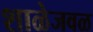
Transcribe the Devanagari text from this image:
शाळेजवळ